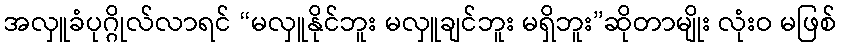
အလှူခံပုဂ္ဂိုလ်လာရင် “မလှူနိုင်ဘူး မလှူချင်ဘူး မရှိဘူး”ဆိုတာမျိုး လုံးဝ မဖြစ်